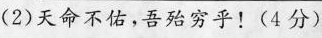
(2)天命不佑，吾殆穷乎！(4分)